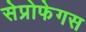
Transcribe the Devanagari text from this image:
सेप्रोफेगस